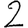
Digit: 2